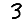
Digit: 3